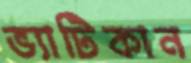
ভ্যাটিকান